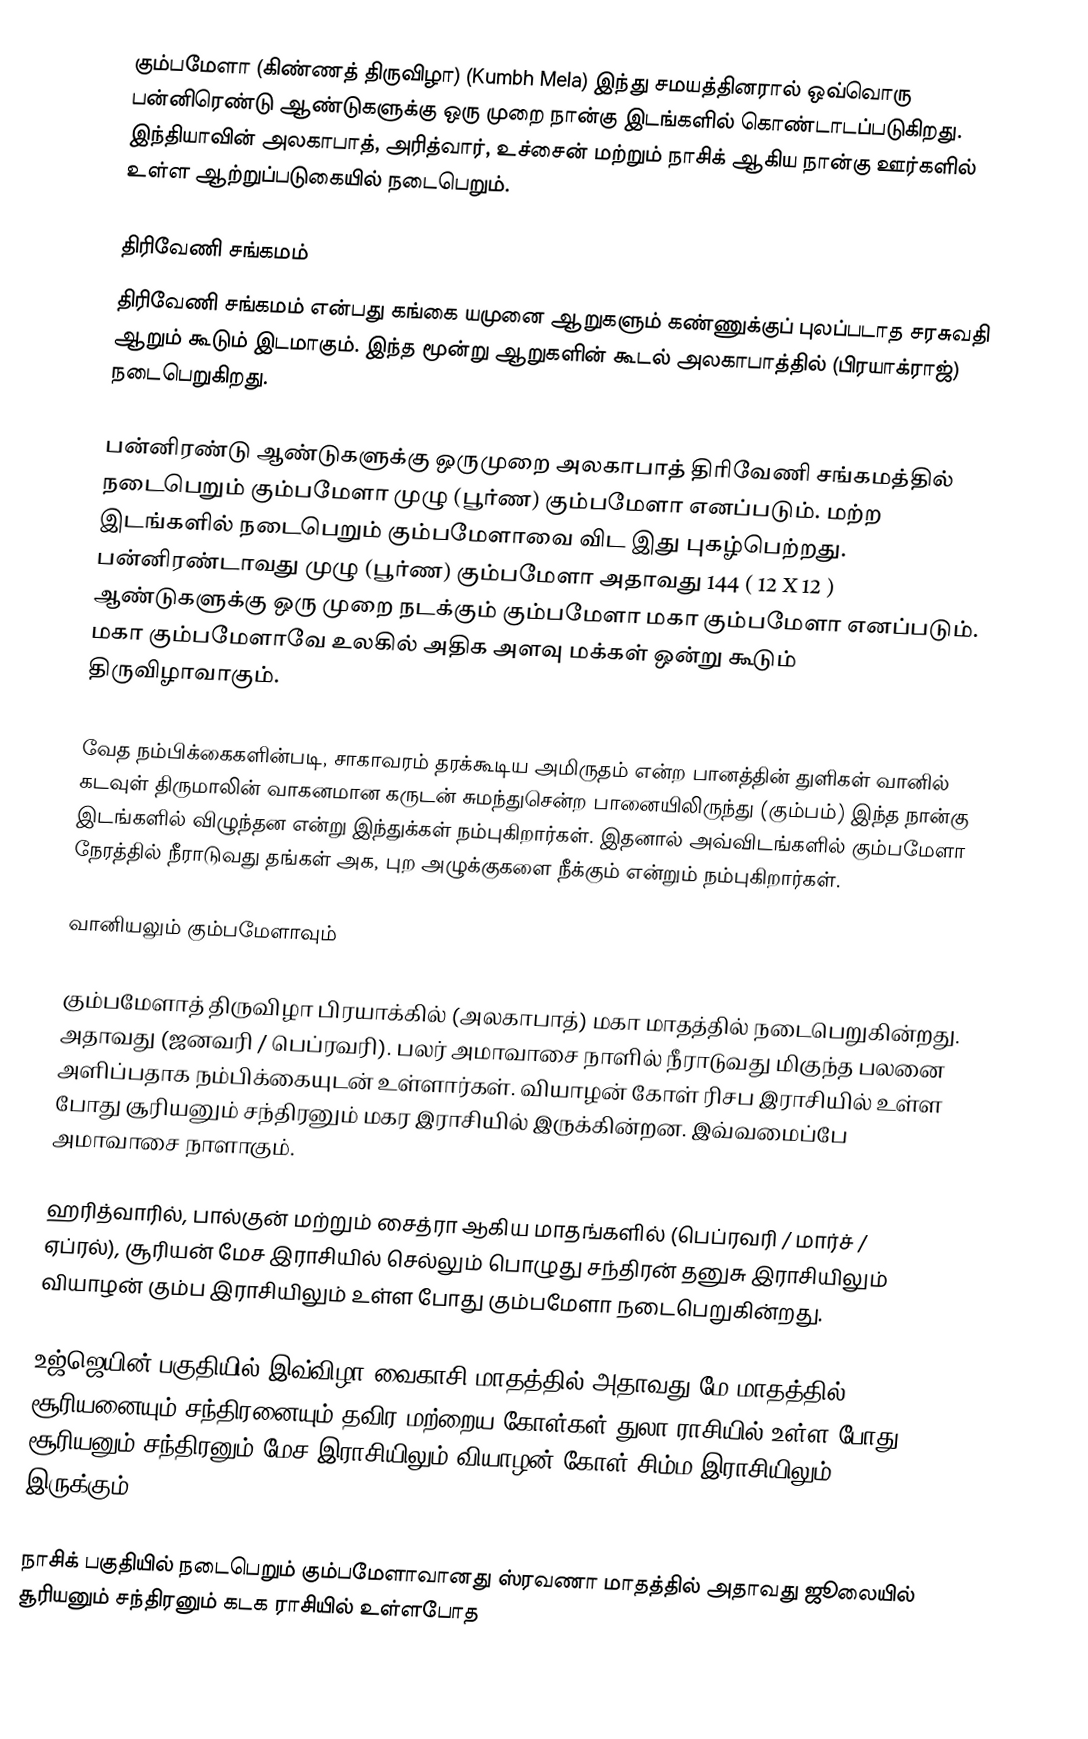
கும்பமேளா (கிண்ணத் திருவிழா) (Kumbh Mela) இந்து சமயத்தினரால் ஒவ்வொரு பன்னிரெண்டு ஆண்டுகளுக்கு ஒரு முறை நான்கு இடங்களில் கொண்டாடப்படுகிறது. இந்தியாவின் அலகாபாத், அரித்வார், உச்சைன் மற்றும் நாசிக் ஆகிய நான்கு ஊர்களில் உள்ள ஆற்றுப்படுகையில் நடைபெறும்.

திரிவேணி சங்கமம்
திரிவேணி சங்கமம் என்பது கங்கை யமுனை ஆறுகளும் கண்ணுக்குப் புலப்படாத சரசுவதி ஆறும் கூடும் இடமாகும். இந்த மூன்று ஆறுகளின் கூடல் அலகாபாத்தில் (பிரயாக்ராஜ்) நடைபெறுகிறது.

பன்னிரண்டு ஆண்டுகளுக்கு ஒருமுறை அலகாபாத் திரிவேணி சங்கமத்தில்  நடைபெறும் கும்பமேளா முழு (பூர்ண) கும்பமேளா எனப்படும். மற்ற இடங்களில் நடைபெறும் கும்பமேளாவை விட இது புகழ்பெற்றது. பன்னிரண்டாவது முழு (பூர்ண) கும்பமேளா அதாவது 144 ( 12 X 12 ) ஆண்டுகளுக்கு ஒரு முறை நடக்கும் கும்பமேளா மகா கும்பமேளா எனப்படும். மகா கும்பமேளாவே உலகில் அதிக அளவு மக்கள் ஒன்று கூடும் திருவிழாவாகும்.

வேத நம்பிக்கைகளின்படி, சாகாவரம் தரக்கூடிய அமிருதம் என்ற பானத்தின் துளிகள் வானில் கடவுள் திருமாலின் வாகனமான கருடன் சுமந்துசென்ற பானையிலிருந்து (கும்பம்) இந்த நான்கு இடங்களில் விழுந்தன என்று இந்துக்கள் நம்புகிறார்கள். இதனால் அவ்விடங்களில் கும்பமேளா நேரத்தில் நீராடுவது தங்கள் அக, புற அழுக்குகளை நீக்கும் என்றும் நம்புகிறார்கள்.

வானியலும் கும்பமேளாவும்

கும்பமேளாத் திருவிழா பிரயாக்கில் (அலகாபாத்) மகா மாதத்தில் நடைபெறுகின்றது. அதாவது (ஜனவரி / பெப்ரவரி). பலர் அமாவாசை நாளில் நீராடுவது மிகுந்த பலனை அளிப்பதாக நம்பிக்கையுடன் உள்ளார்கள். வியாழன் கோள் ரிசப இராசியில் உள்ள போது சூரியனும் சந்திரனும் மகர இராசியில் இருக்கின்றன. இவ்வமைப்பே அமாவாசை நாளாகும்.

ஹரித்வாரில், பால்குன் மற்றும் சைத்ரா ஆகிய மாதங்களில் (பெப்ரவரி / மார்ச் / ஏப்ரல்), சூரியன் மேச இராசியில் செல்லும் பொழுது சந்திரன் தனுசு இராசியிலும் வியாழன் கும்ப இராசியிலும் உள்ள போது கும்பமேளா நடைபெறுகின்றது.

உஜ்ஜெயின் பகுதியில் இவ்விழா வைகாசி மாதத்தில் அதாவது மே மாதத்தில் சூரியனையும் சந்திரனையும் தவிர மற்றைய கோள்கள் துலா ராசியில் உள்ள போது சூரியனும் சந்திரனும் மேச இராசியிலும் வியாழன் கோள் சிம்ம இராசியிலும் இருக்கும்.

நாசிக் பகுதியில் நடைபெறும் கும்பமேளாவானது ஸ்ரவணா மாதத்தில் அதாவது ஜூலையில் சூரியனும் சந்திரனும் கடக ராசியில்  உள்ளபோத